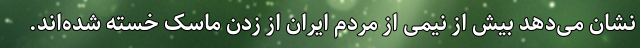
نشان می­‌دهد بیش از نیمی از مردم ایران از زدن ماسک خسته شده­‌اند.